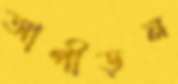
আপীড়ন